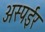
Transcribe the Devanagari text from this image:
अस्पईर